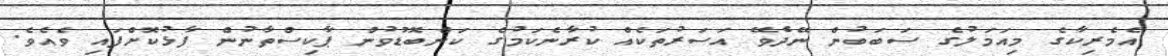
އެމެރިކާގެ މިއަމަލުގެ ސަބަބުން ނޭދެވޭ އަސަރުތަކެއް ކުރާނެކަމުގެ ކަންބޮޑުވުން ޕާކިސްތާނުން ފާޅުކޮށްފައި ވެއެވެ.